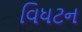
વિધટન